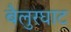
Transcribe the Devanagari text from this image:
बैलुरघाट